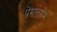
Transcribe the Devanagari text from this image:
प्रेमलयम